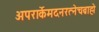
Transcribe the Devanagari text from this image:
अपरार्केमदनरत्नेचब्राह्मे